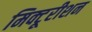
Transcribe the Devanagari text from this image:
मिक्टूरीशन